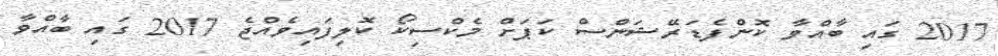
2017 ގައި ބާއްވާ ކޮންފެޑަރޭޝަންސް ކަޕަށް މެކްސިކޯ ކޮލިފައިވެއްޖެ 2017 ގައި ބާއްވާ